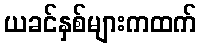
ယခင်နှစ်များကထက်